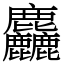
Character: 麤